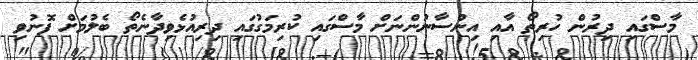
މާސްގައި ދިރުން ހުރިތޯ އާއި އިންސާނުންނަށް މާސްގައި ކުރިމަގުގައި ދިރިއުޅެވިދާނެތޯ ބެލުމަށް ފޮނުވި